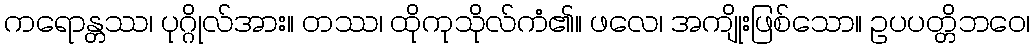
ကရောန္တဿ၊ ပုဂ္ဂိုလ်အား။ တဿ၊ ထိုကုသိုလ်ကံ၏။ ဖလေ၊ အကျိုးဖြစ်သော။ ဥပပတ္တိဘဝေ၊